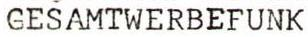
GESAMTWERBEFUNK